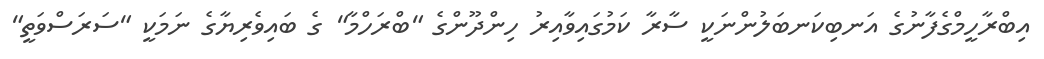
އިބްރާހީމްގެފާނުގެ އަނބިކަނބަލުންނަކީ ސާރާ ކަމުގައިވާއިރު ހިންދޫންގެ "ބްރަހްމާ" ގެ ބައިވެރިޔާގެ ނަމަކީ "ސަރަސްވަތީ"